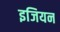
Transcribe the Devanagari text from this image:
इजियन